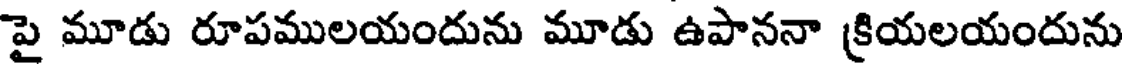
పై మూడు రూపములయందును మూడు ఉపాననా క్రియలయందును